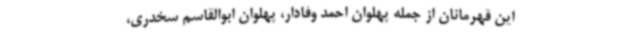
این قهرمانان از جمله پهلوان احمد وفادار، پهلوان ابوالقاسم سخدری،